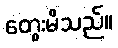
တွေးမိသည်။